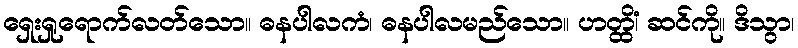
ရှေးရှုရောက်လတ်သော။ ဓနပါလကံ၊ ဓနပါလမည်သော။ ဟတ္ထိံ၊ ဆင်ကို။ ဒိသွာ၊